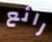
رائع